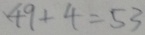
4 9 + 4 = 5 3